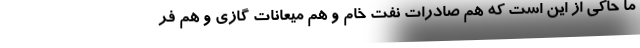
ما حاکی از این است که هم صادرات نفت خام و هم میعانات گازی و هم فر